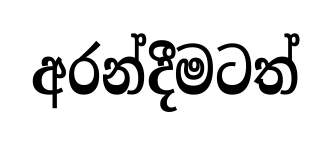
අරන්දීමටත්